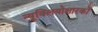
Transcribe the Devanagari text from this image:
न्यूक्लियोक्षारकों